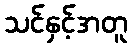
သင်နှင့်အတူ